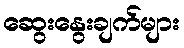
ဆွေးနွေးချက်များ